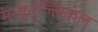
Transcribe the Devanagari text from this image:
मन्जुतुल्लिकल्